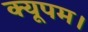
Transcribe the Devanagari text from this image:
क्यूपम।